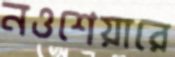
নওশেয়ারে